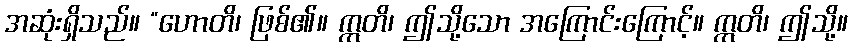
အဆုံးရှိသည်။ “ဟောတိ၊ ဖြစ်၏။ ဣတိ၊ ဤသို့သော အကြောင်းကြောင့်။ ဣတိ၊ ဤသို့။